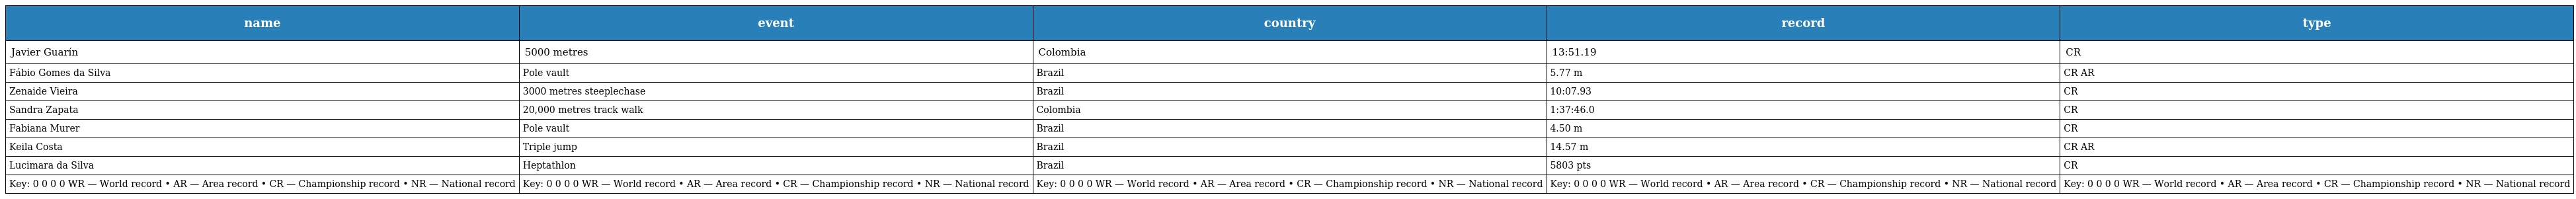
| name | event | country | record | type |
 | --- | --- | --- | --- | --- |
 | Javier Guarín | 5000 metres | Colombia | 13:51.19 | CR |
 | Fábio Gomes da Silva | Pole vault | Brazil | 5.77 m | CR AR |
 | Zenaide Vieira | 3000 metres steeplechase | Brazil | 10:07.93 | CR |
 | Sandra Zapata | 20,000 metres track walk | Colombia | 1:37:46.0 | CR |
 | Fabiana Murer | Pole vault | Brazil | 4.50 m | CR |
 | Keila Costa | Triple jump | Brazil | 14.57 m | CR AR |
 | Lucimara da Silva | Heptathlon | Brazil | 5803 pts | CR |
 | Key: 0 0 0 0 WR — World record • AR — Area record • CR — Championship record • NR — National record | Key: 0 0 0 0 WR — World record • AR — Area record • CR — Championship record • NR — National record | Key: 0 0 0 0 WR — World record • AR — Area record • CR — Championship record • NR — National record | Key: 0 0 0 0 WR — World record • AR — Area record • CR — Championship record • NR — National record | Key: 0 0 0 0 WR — World record • AR — Area record • CR — Championship record • NR — National record |